Document type: Sale
Year: 1439
Scribe: Arnau d'Illes
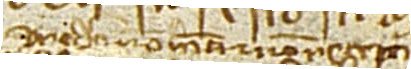
predicti non habiti et non recepti